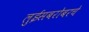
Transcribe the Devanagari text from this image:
लुईसबरोबरचे